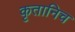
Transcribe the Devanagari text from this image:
कृतानिच